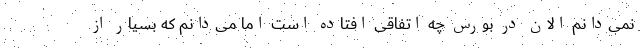
نمی‌دانم الان در بورس چه اتفاقی افتاده است اما می‌دانم که بسیار از